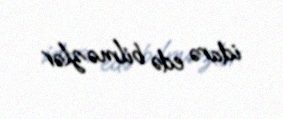
idarə edə bilməzlər.